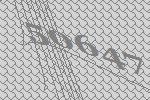
50647